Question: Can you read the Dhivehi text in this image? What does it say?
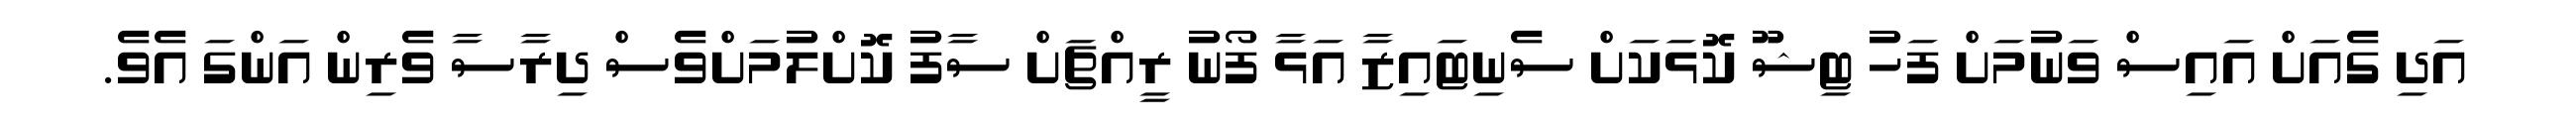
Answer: އަދި ގެއަށް އައިސް ވަނުމަށް ފަހު ޓިޝޫ ކޮޅަކަށް ސެނިޓައިޒާ އަޅާ ފޯނު ރީއްޗަށް ސާފު ކޮށްލުމަށްވެސް ދިރާސާ ވެރިން އަންގަ އެވެ.